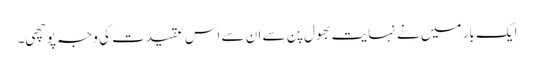
ایک بار میں نے نہایت بھول پن سے ان سے اس عقیدت کی وجہ پوچھی۔